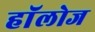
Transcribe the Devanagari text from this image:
हाॅलोज